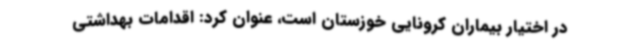
در اختیار بیماران کرونایی خوزستان است، عنوان کرد: اقدامات بهداشتی